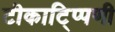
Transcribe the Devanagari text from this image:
टीकाटि्प्पणी